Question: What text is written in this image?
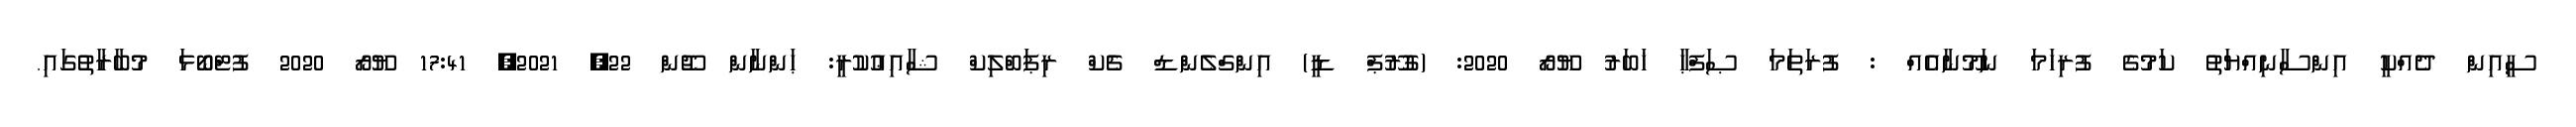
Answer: ސީއިން ދެއްކީ އިންސާނިއްޔަތު ކަމުގެ ފުރިހަމަ ނަމޫނާއެއް : ފުރަތަމަ ޞަފްޙާ ޚަބަރު ޔޫރޯ 2020: (ގުރޫޕް ޑީ) އިންގްލެންޑް ޗެކް ރިޕަބްލިކް ޝާއިޢުކުރީ: ޙަންނާން ޖޫން 22, 2021, 17:41 ޔޫރޯ 2020 ފުޓްބޯޅަ މުބާރާތުގައި.